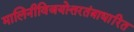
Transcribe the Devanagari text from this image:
मालिनीविजयोत्तरतंत्राधारित